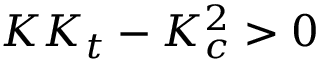
K K _ { t } - K _ { c } ^ { 2 } > 0